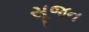
સૂજન